Indian journal of veterinary science and animal husbandry - Volume 1,
Year: 1931
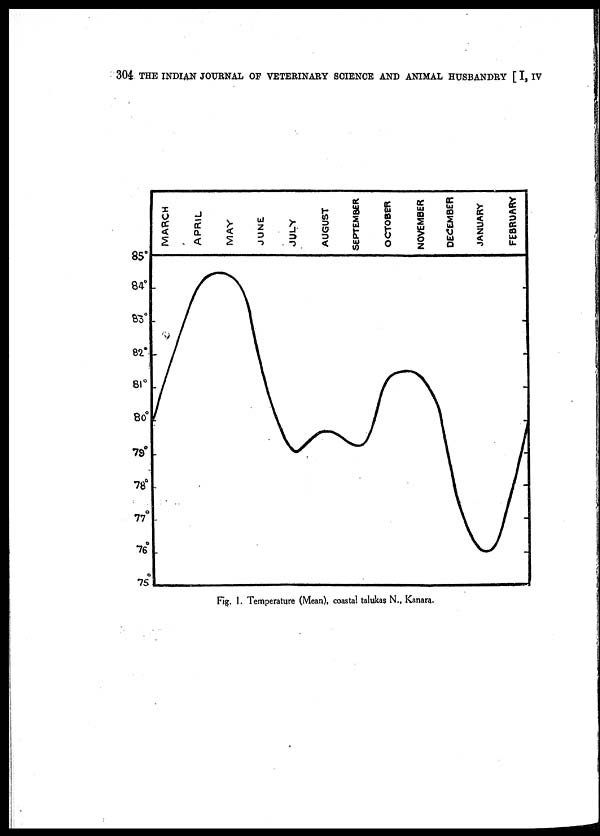
304 THE INDIAN JOURNAL OP VETERINARY SCIENCE AND ANIMAL HUSBANDRY [ I, IV
Fig. 1. Temperature (Mean), coastal talukas N., Kanara.